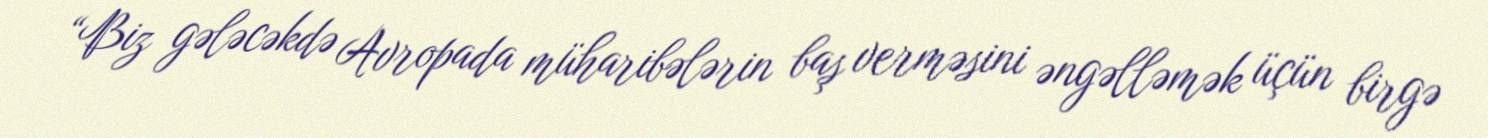
“Biz gələcəkdə Avropada müharibələrin baş verməsini əngəlləmək üçün birgə